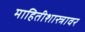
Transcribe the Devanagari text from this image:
माहितीशास्त्रावर